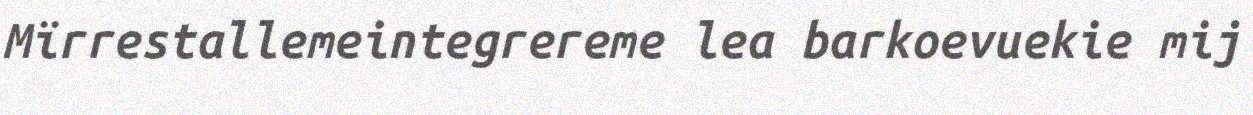
Mïrrestallemeintegrereme lea barkoevuekie mij